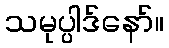
သမုပ္ပါဒ်နော်။